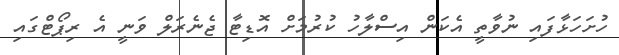
ހުށަހަޅާފައި ނުވާތީ އެކަން އިސްލާހު ކުރުމަށް އޮޑިޓާ ޖެނެރަލް ވަނީ އެ ރިޕޯޓްގައި